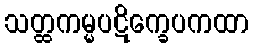
သတ္ထကမ္မပဋိက္ခေပကထာ